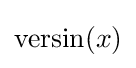
\operatorname {versin} (x)